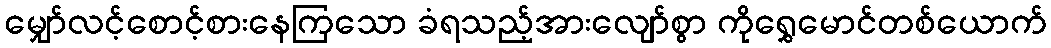
မျှော်လင့်စောင့်စားနေကြသော ခံရသည့်အားလျော်စွာ ကိုရွှေမောင်တစ်ယောက်